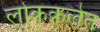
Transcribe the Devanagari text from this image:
लोककलेत